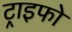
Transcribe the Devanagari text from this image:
ट्राइफो